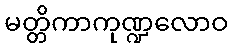
မတ္တိကာကုဏ္ဍလောဝ